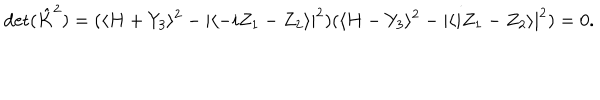
LaTeX: \mathrm { d e t } ( \hat { K } ^ { 2 } ) = ( \langle H + Y _ { 3 } \rangle ^ { 2 } - | \langle - i Z _ { 1 } - Z _ { 2 } \rangle | ^ { 2 } ) ( \langle H - Y _ { 3 } \rangle ^ { 2 } - | \langle i Z _ { 1 } - Z _ { 2 } \rangle | ^ { 2 } ) = 0 .